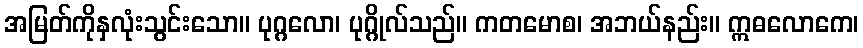
အမြတ်ကိုနှလုံးသွင်းသော။ ပုဂ္ဂလော၊ ပုဂ္ဂိုလ်သည်။ ကတမောစ၊ အဘယ်နည်း။ ဣဓလောကေ၊